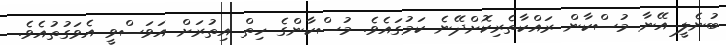
ބުނެލީ އޭނާ މުސްކާން ރައްކާތެރިކޮށްދޭނެ ކަމުގައެވެ. މުސްކާންގެ ހިތް އިތުރަށް އަވަސްވީ އެވަގުތުއެވެ.